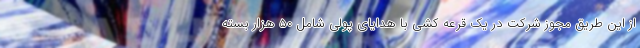
از این طریق مجوز شرکت در یک قرعه کشی با هدایای پولی شامل ۵۰ هزار بسته